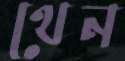
থেন